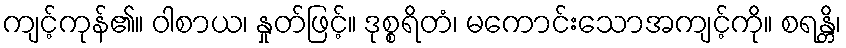
ကျင့်ကုန်၏။ ဝါစာယ၊ နှုတ်ဖြင့်။ ဒုစ္စရိတံ၊ မကောင်းသောအကျင့်ကို။ စရန္တိ၊